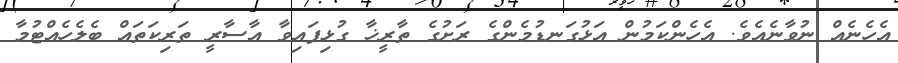
އެހެނެއް ނުވާނެއެވެ. އެހެންކަމުން އަޅުގަނޑުމެންގެ ރަށުގެ ތާރީޚާ ގުޅިފައިވާ އާސާރީ ތަރިކަތައް ބެލެހެއްޓުމާ